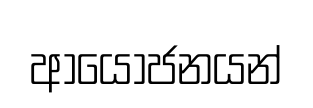
ආයෝජනයන්